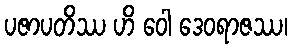
ပဇာပတိဿ ဟိ ဝေါ ဒေဝရာဇဿ၊